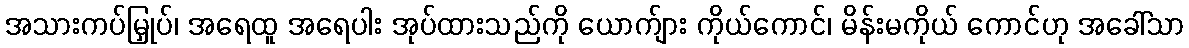
အသားကပ်မြှုပ်၊ အရေထူ အရေပါး အုပ်ထားသည်ကို ယောက်ျား ကိုယ်ကောင်၊ မိန်းမကိုယ် ကောင်ဟု အခေါ်သာ